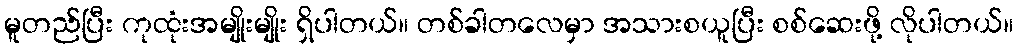
မူတည်ပြီး ကုထုံးအမျိုးမျိုး ရှိပါတယ်။ တစ်ခါတလေမှာ အသားစယူပြီး စစ်ဆေးဖို့ လိုပါတယ်။